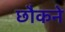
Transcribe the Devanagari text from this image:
छौकने